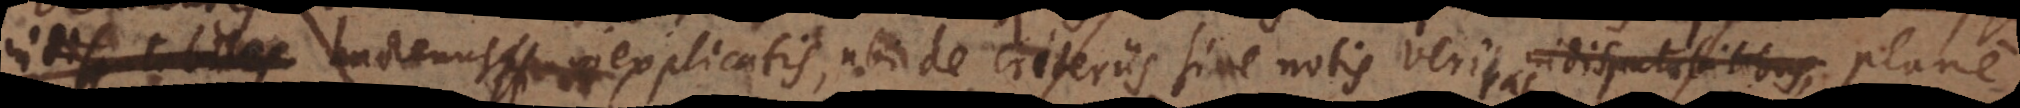
hactenus inexplicatis, ubi de criteriis sive notis veri indisputabilibus, plane